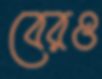
বেরও